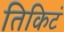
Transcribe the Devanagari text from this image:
तिकिटं